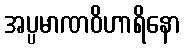
အပ္ပမာဏဝိဟာရိနော